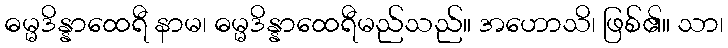
ဓမ္မဒိန္နာထေရီ နာမ၊ ဓမ္မဒိန္နာထေရီမည်သည်။ အဟောသိ၊ ဖြစ်၏။ သာ၊